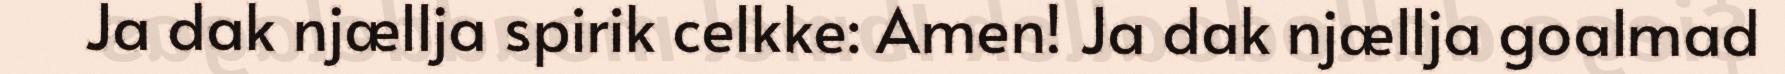
Ja dak njællja spirik celkke: Amen! Ja dak njællja goalmad